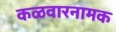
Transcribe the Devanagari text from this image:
कळवारनामक